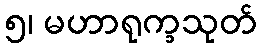
၅၊ မဟာရုက္ခသုတ်